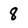
Character: 8